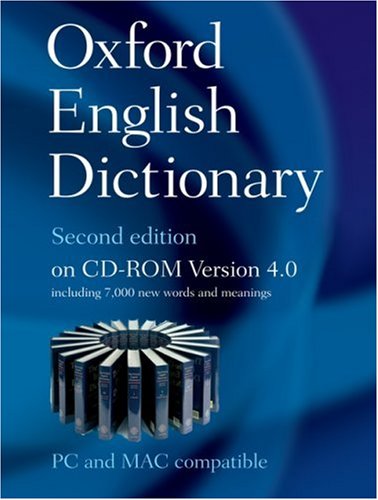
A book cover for Oxford English Dictionary, 2nd Edition, Version 4.0 (Windows & Mac); Reference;